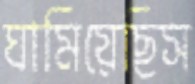
ঘামিয়েছিস